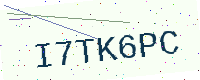
Text: I7TK6PC